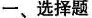
一、选择题